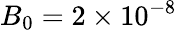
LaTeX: B_{0}=2\times 10^{-8}